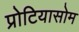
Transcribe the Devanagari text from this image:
प्रोटियासोम